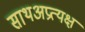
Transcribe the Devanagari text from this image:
साथअप्रत्यक्ष